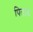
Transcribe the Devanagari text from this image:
पिलाके